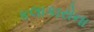
કલાકારોના